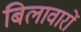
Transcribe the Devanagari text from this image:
बिलावारों